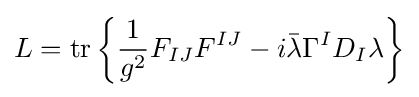
L=\operatorname {tr} \left\{{\frac {1}{g^{2}}}F_{IJ}F^{IJ}-i{\bar {\lambda }}\Gamma ^{I}D_{I}\lambda \right\}